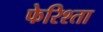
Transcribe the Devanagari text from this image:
फेरिश्ता